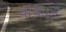
ચોથાણી